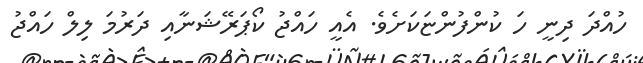
ހުއްދަ ދިނީ ހަ ކުންފުންޏަކަށެވެ. އެއީ ހައްޖު ކޯޕަރޭޝަނާއި ދަރުމަ ލިލް ހައްޖު